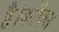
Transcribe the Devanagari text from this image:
है।कॉक्स